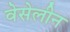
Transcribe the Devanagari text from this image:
वेसेलीन